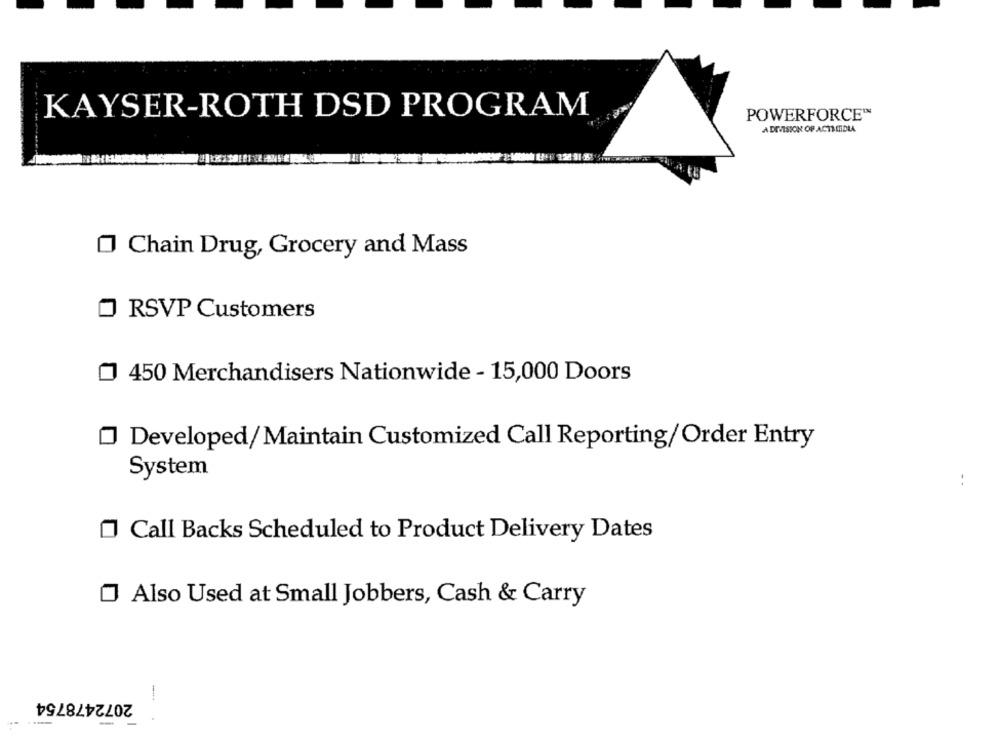
KAYSER-ROTH DSD PROGRAM
POWERFORCE™
A DIVISION OF ACTMITIDLA
Chain Drug, Grocery and Mass
O RSVP Customers
450 Merchandisers Nationwide - 15,000 Doors
Developed/Maintain Customized Call Reporting/Order Entry
System
..
Call Backs Scheduled to Product Delivery Dates
Also Used at Small Jobbers, Cash & Carry
2072478754